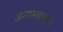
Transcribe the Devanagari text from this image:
अनात्मप्रपञ्चसे